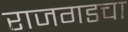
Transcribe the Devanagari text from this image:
राजगडचा